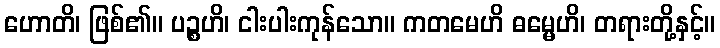
ဟောတိ၊ ဖြစ်၏။ ပဉ္စဟိ၊ ငါးပါးကုန်သော။ ကတမေဟိ ဓမ္မေဟိ၊ တရားတို့နှင့်။